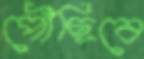
পৌঁছিবে